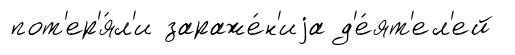
пот'ер'я́л'и зараже́н'иjа д'е́ят'ел'ей